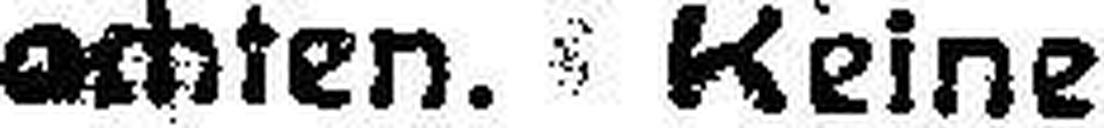
achten. Keine